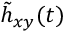
\tilde { h } _ { x y } ( t )